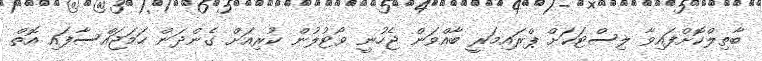
ބާތިލްކޮށްފައިވާ ލިސްޓަކަށް ޕްރައިމަރީ ބާއްވަން ޖެހުނީ ވޯޓުލުން ކުރިއަށް ގެންދަން ހަމަޖައްސާފައި އޮތް